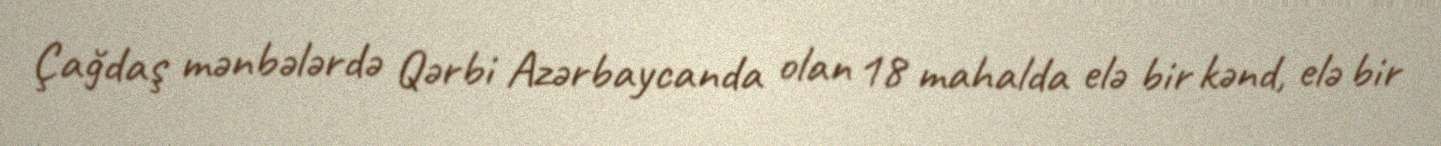
Çağdaş mənbələrdə Qərbi Azərbaycanda olan 18 mahalda elə bir kənd, elə bir